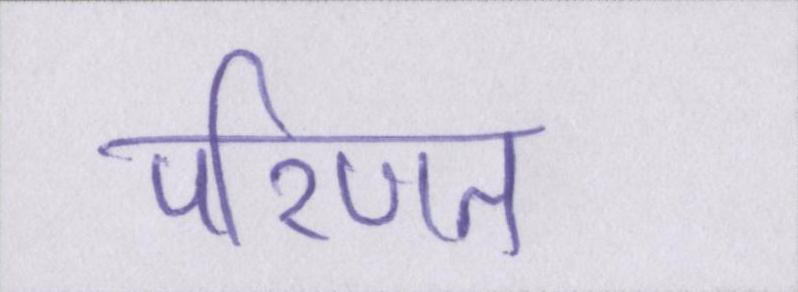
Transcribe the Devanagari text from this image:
परिणत